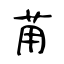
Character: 苚